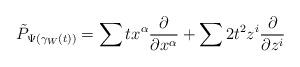
LaTeX: \begin{align*}\tilde{P}_{\Psi(\gamma_W(t))} = \sum t x^\alpha \frac{\partial}{\partial x^\alpha} + \sum 2t^2 z^i \frac{\partial}{\partial z^i}\end{align*}